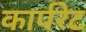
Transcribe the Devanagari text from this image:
कार्परेट